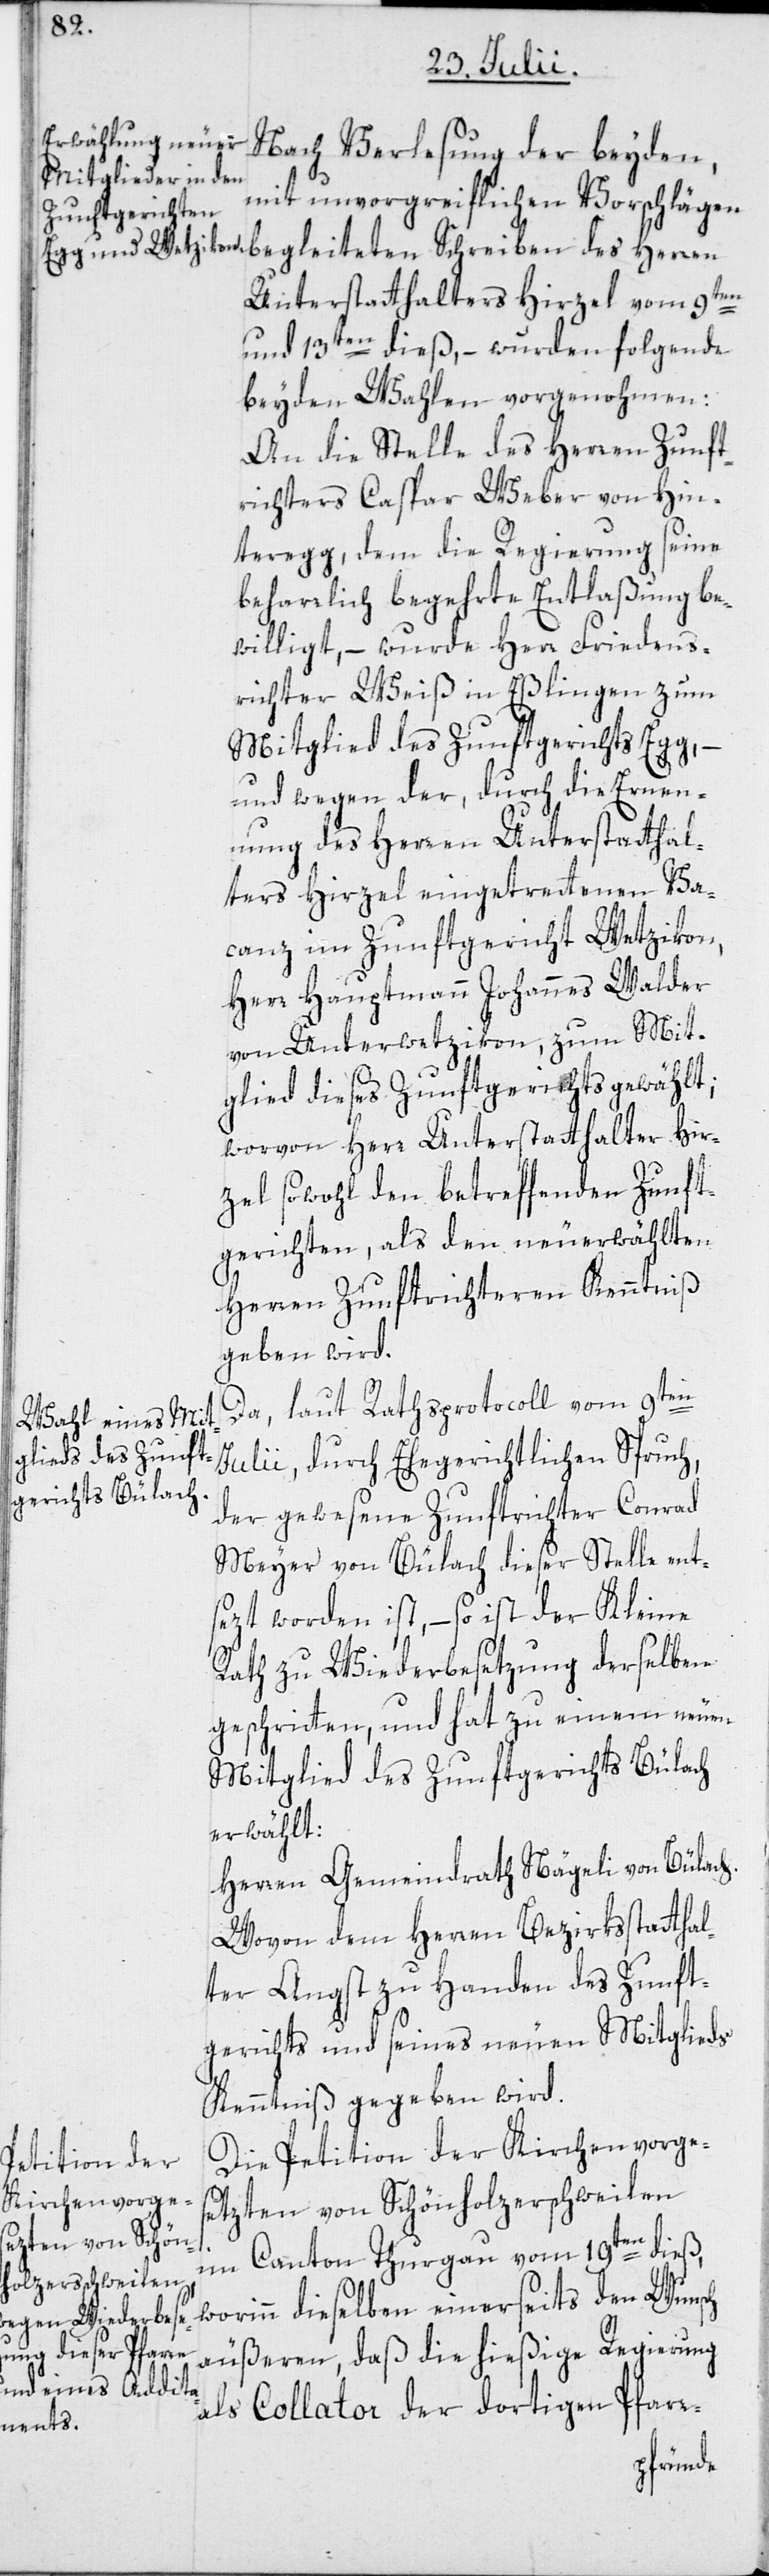
Nach Verlesung der beyden,
mit unvorgreiflichen Vorschlägen
Unterstatthalters Hirzel vom 9ten
und 13ten dieß, – wurden folgende
beyden Wahlen vorgenohmen:
An die Stelle des Herren Zunft¬
richters Caspar Weber von Hin¬
teregg, dem die Regierung seine
beharrlich begehrte Entlaßung be¬
willigt, – wurde Herr Friedens¬
richter Weiß in Eßlingen zum
Mitglied des Zunftgerichts Egg, –
und wegen der, durch die Ernen¬
nung des Herren Unterstatthal¬
ters Hirzel eingetrettenen Va¬
canz im Zunftgericht Wetzikon,
Herr Hauptmann Johannes Walder
von Unterwetzikon, zum Mit¬
glied dieses Zunftgerichts gewählt;
worvon Herr Unterstatthalter Hir¬
zel sowohl den betreffenden Zunft¬
gerichten, als den neuerwählten
Herren Zunftrichteren Kenntniß
geben wird.
Da, laut Rathsprotocoll vom 9ten
Julii, durch Ehegerichtlichen Spruch,
der gewesene Zunftrichter Conrad
Meyer von Bülach dieser Stelle ent¬
sezt worden ist, – so ist der Kleine
Rath zu Wiederbesetzung derselben
geschritten, und hat zu einem neuen
Mitglied des Zunftgerichts Bülach
erwählt:
Herren Gemeindrath Nägeli von Bülach.
Wovon dem Herren Bezirksstatthal¬
ter Angst zu Handen des Zunft¬
gerichts und seines neuen Mitglieds
Kenntniß gegeben wird.
Die Petition der Kirchenvorges¬
etzten von Schönholzerschweilen
im Canton Thurgau vom 19ten dieß,
worinn dieselben einerseits den Wunsch
äußeren, daß die hießige Regierung
als Collator der dortigen Pfarr-